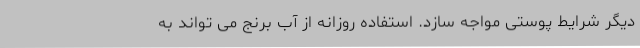
دیگر شرایط پوستی مواجه سازد. استفاده روزانه از آب برنج می تواند به